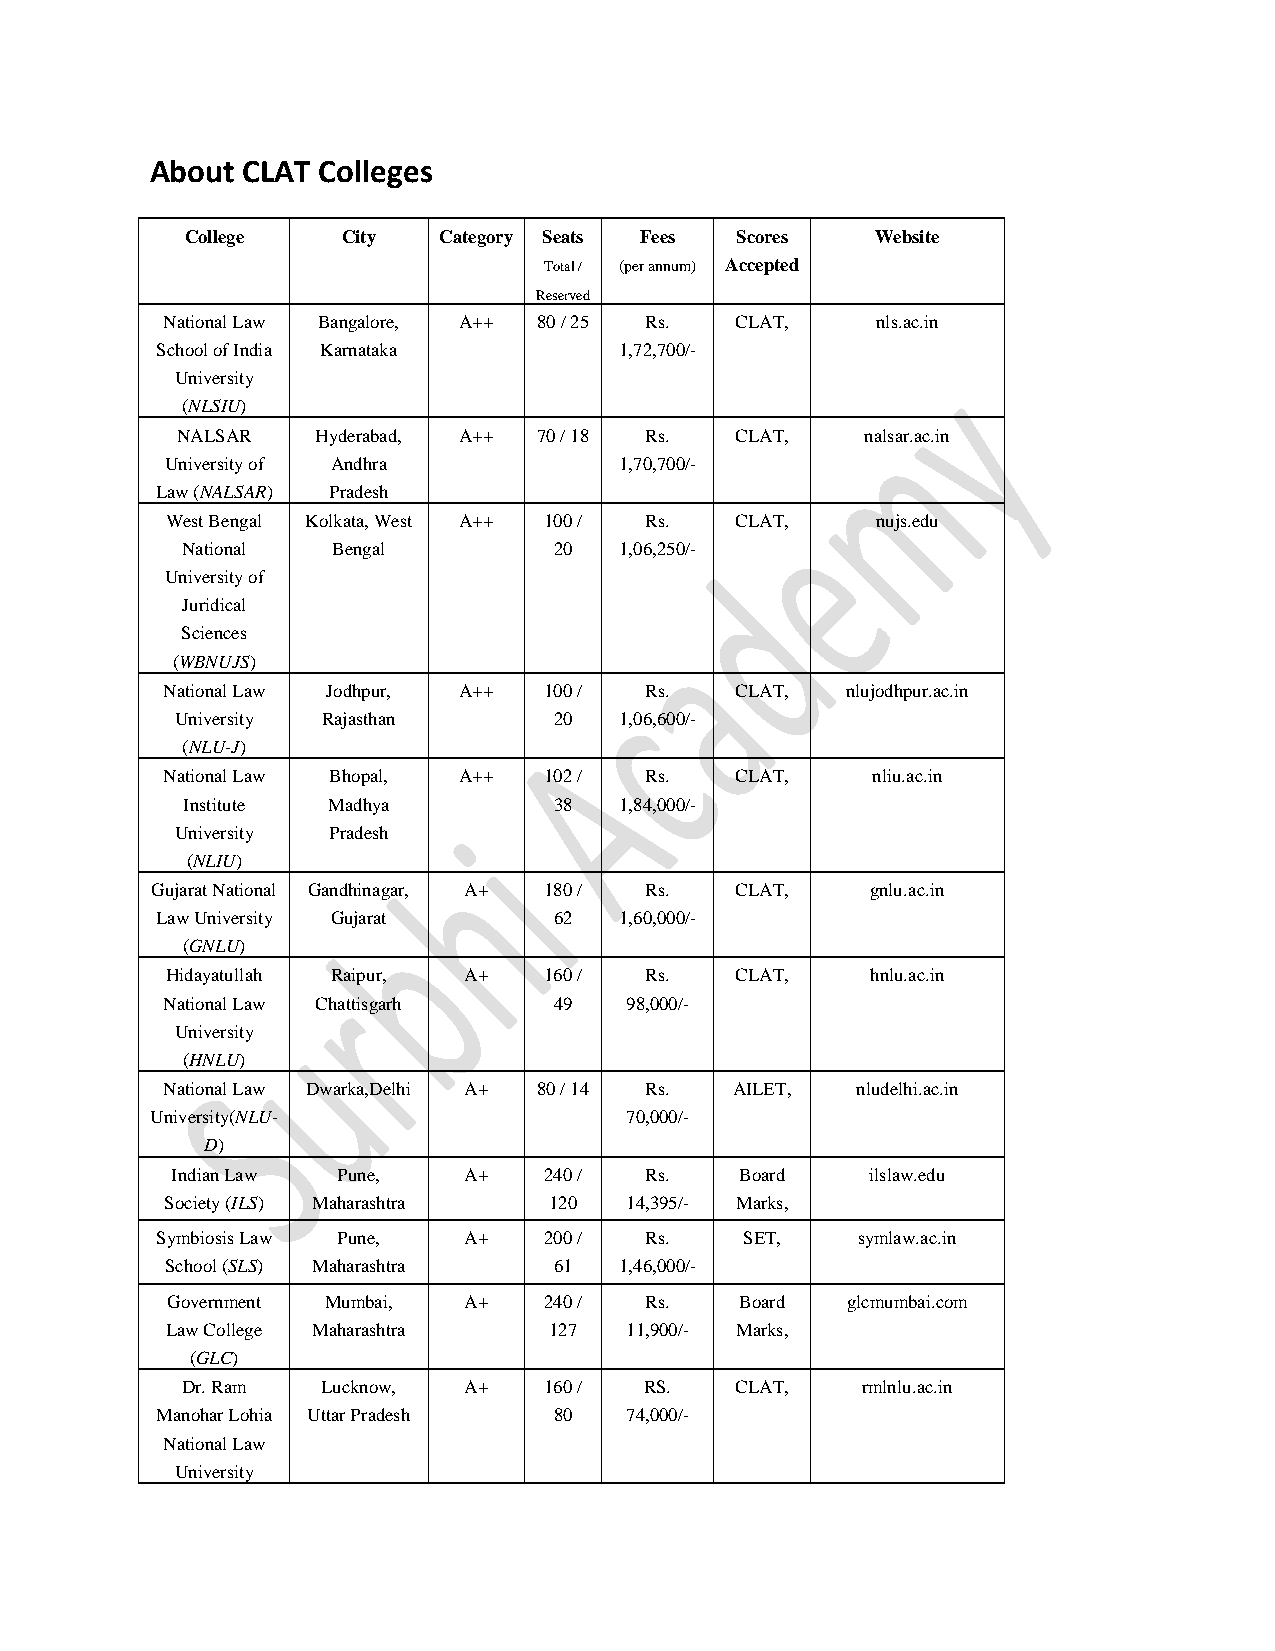
About CLAT Colleges
 College    City  Category Seats Fees Scores   Website
 Total / (per annum) Accepted
 Reserved
 National Law Bangalore, A++ 80 / 25 Rs. CLAT,  nls.ac.in
 School of India Karnataka      1,72,700/-
 University
 (NLSIU)
 NALSAR   Hyderabad, A++ 70 / 18 Rs.  CLAT,   nalsar.ac.in
 University of Andhra          1,70,700/-
 Law (NALSAR) Pradesh
 West Bengal Kolkata, West A++ 100 / Rs. CLAT,  nujs.edu
 National  Bengal         20  1,06,250/-
 University of
 Juridical
 Sciences
 (WBNUJS)
 National Law Jodhpur, A++ 100 / Rs.   CLAT,  nlujodhpur.ac.in
 University Rajasthan     20  1,06,600/-
 (NLU-J)
 National Law Bhopal, A++ 102 /  Rs.   CLAT,    nliu.ac.in
 Institute Madhya         38  1,84,000/-
 University Pradesh
 (NLIU)
 Gujarat National Gandhinagar, A+ 180 / Rs. CLAT, gnlu.ac.in
 Law University Gujarat     62  1,60,000/-
 (GNLU)
 Hidayatullah Raipur, A+  160 /  Rs.   CLAT,    hnlu.ac.in
 National Law Chattisgarh  49  98,000/-
 University
 (HNLU)
 National Law Dwarka,Delhi A+ 80 / 14 Rs. AILET, nludelhi.ac.in
 University(NLU-                70,000/-
 D)
 Indian Law Pune,    A+   240 /  Rs.   Board    ilslaw.edu
 Society (ILS) Maharashtra 120 14,395/- Marks,
 Symbiosis Law Pune,  A+   200 /  Rs.   SET,    symlaw.ac.in
 School (SLS) Maharashtra  61  1,46,000/-
 Government Mumbai,  A+   240 /  Rs.   Board  glcmumbai.com
 Law College Maharashtra  127  11,900/- Marks,
 (GLC)
 Dr. Ram  Lucknow,  A+   160 /  RS.   CLAT,   rmlnlu.ac.in
 Manohar Lohia Uttar Pradesh 80 74,000/-
 National Law
 University